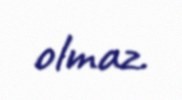
olmaz.